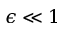
\epsilon \ll 1